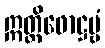
ဣတ္ထိဖောဋ္ဌဗ္ဗံ